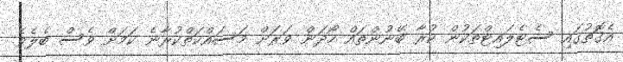
އެގޮތުގައި ސެޓެލައިޓްތަކުން ކުރާ ބޭނުންތައް ހޯދަން ވަރަށް މަސައްކަތްކުރާނެ ކަމަށް ވެސް ބެލެވެ